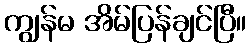
ကျွန်မ အိမ်ပြန်ချင်ပြီ။